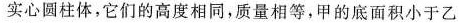
实心圆柱体，它们的高度相同，质量相等，甲的底面积小于乙